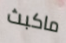
ماكبث